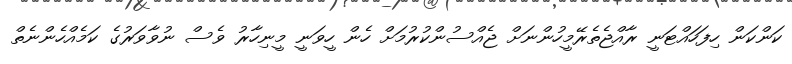
ކަންކަން ހިފަހައްޓަނީ ރާއްޖެތެރޭމީހުންނަށް ޖެއްސުންކުރުމަށް ހެން ހީވަނީ މީނިހާރު ވެސް ނުވާވަރުގެ ކަމެއްހެންނެތް